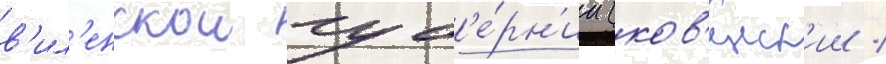
в'ил'енскои губ'е́рн'ии (ков'енск'ии /